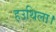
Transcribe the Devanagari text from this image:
हउथिला।